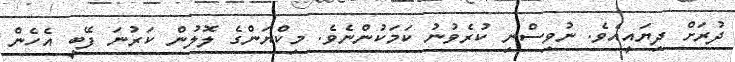
ދުރަށް ދިޔައީއެވެ. ނުވިސްނި ކުރެވުނު ކަމަކުންނެވެ. މިކްޔަންގެ ލޮލުން ކަރުނަ ފޭބީ އެހެން